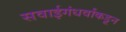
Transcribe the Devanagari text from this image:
सवाईगंधर्वांकडून